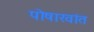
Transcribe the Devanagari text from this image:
पोषाखांत